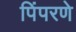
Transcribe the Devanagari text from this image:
पिंपरणे